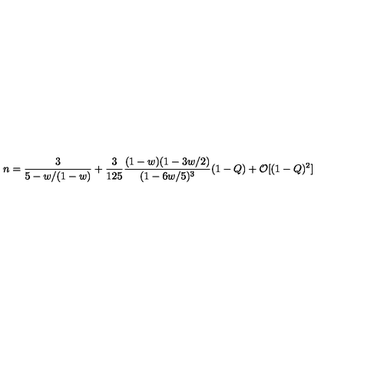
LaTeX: n = \frac { 3 } { 5 - w / ( 1 - w ) } + \frac { 3 } { 1 2 5 } \frac { ( 1 - w ) ( 1 - 3 w / 2 ) } { ( 1 - 6 w / 5 ) ^ { 3 } } ( 1 - Q ) + \mathcal { O } [ ( 1 - Q ) ^ { 2 } ]